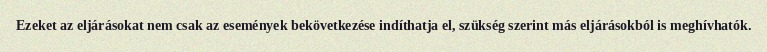
Ezeket az eljárásokat nem csak az események bekövetkezése indíthatja el, szükség szerint más eljárásokból is meghívhatók.